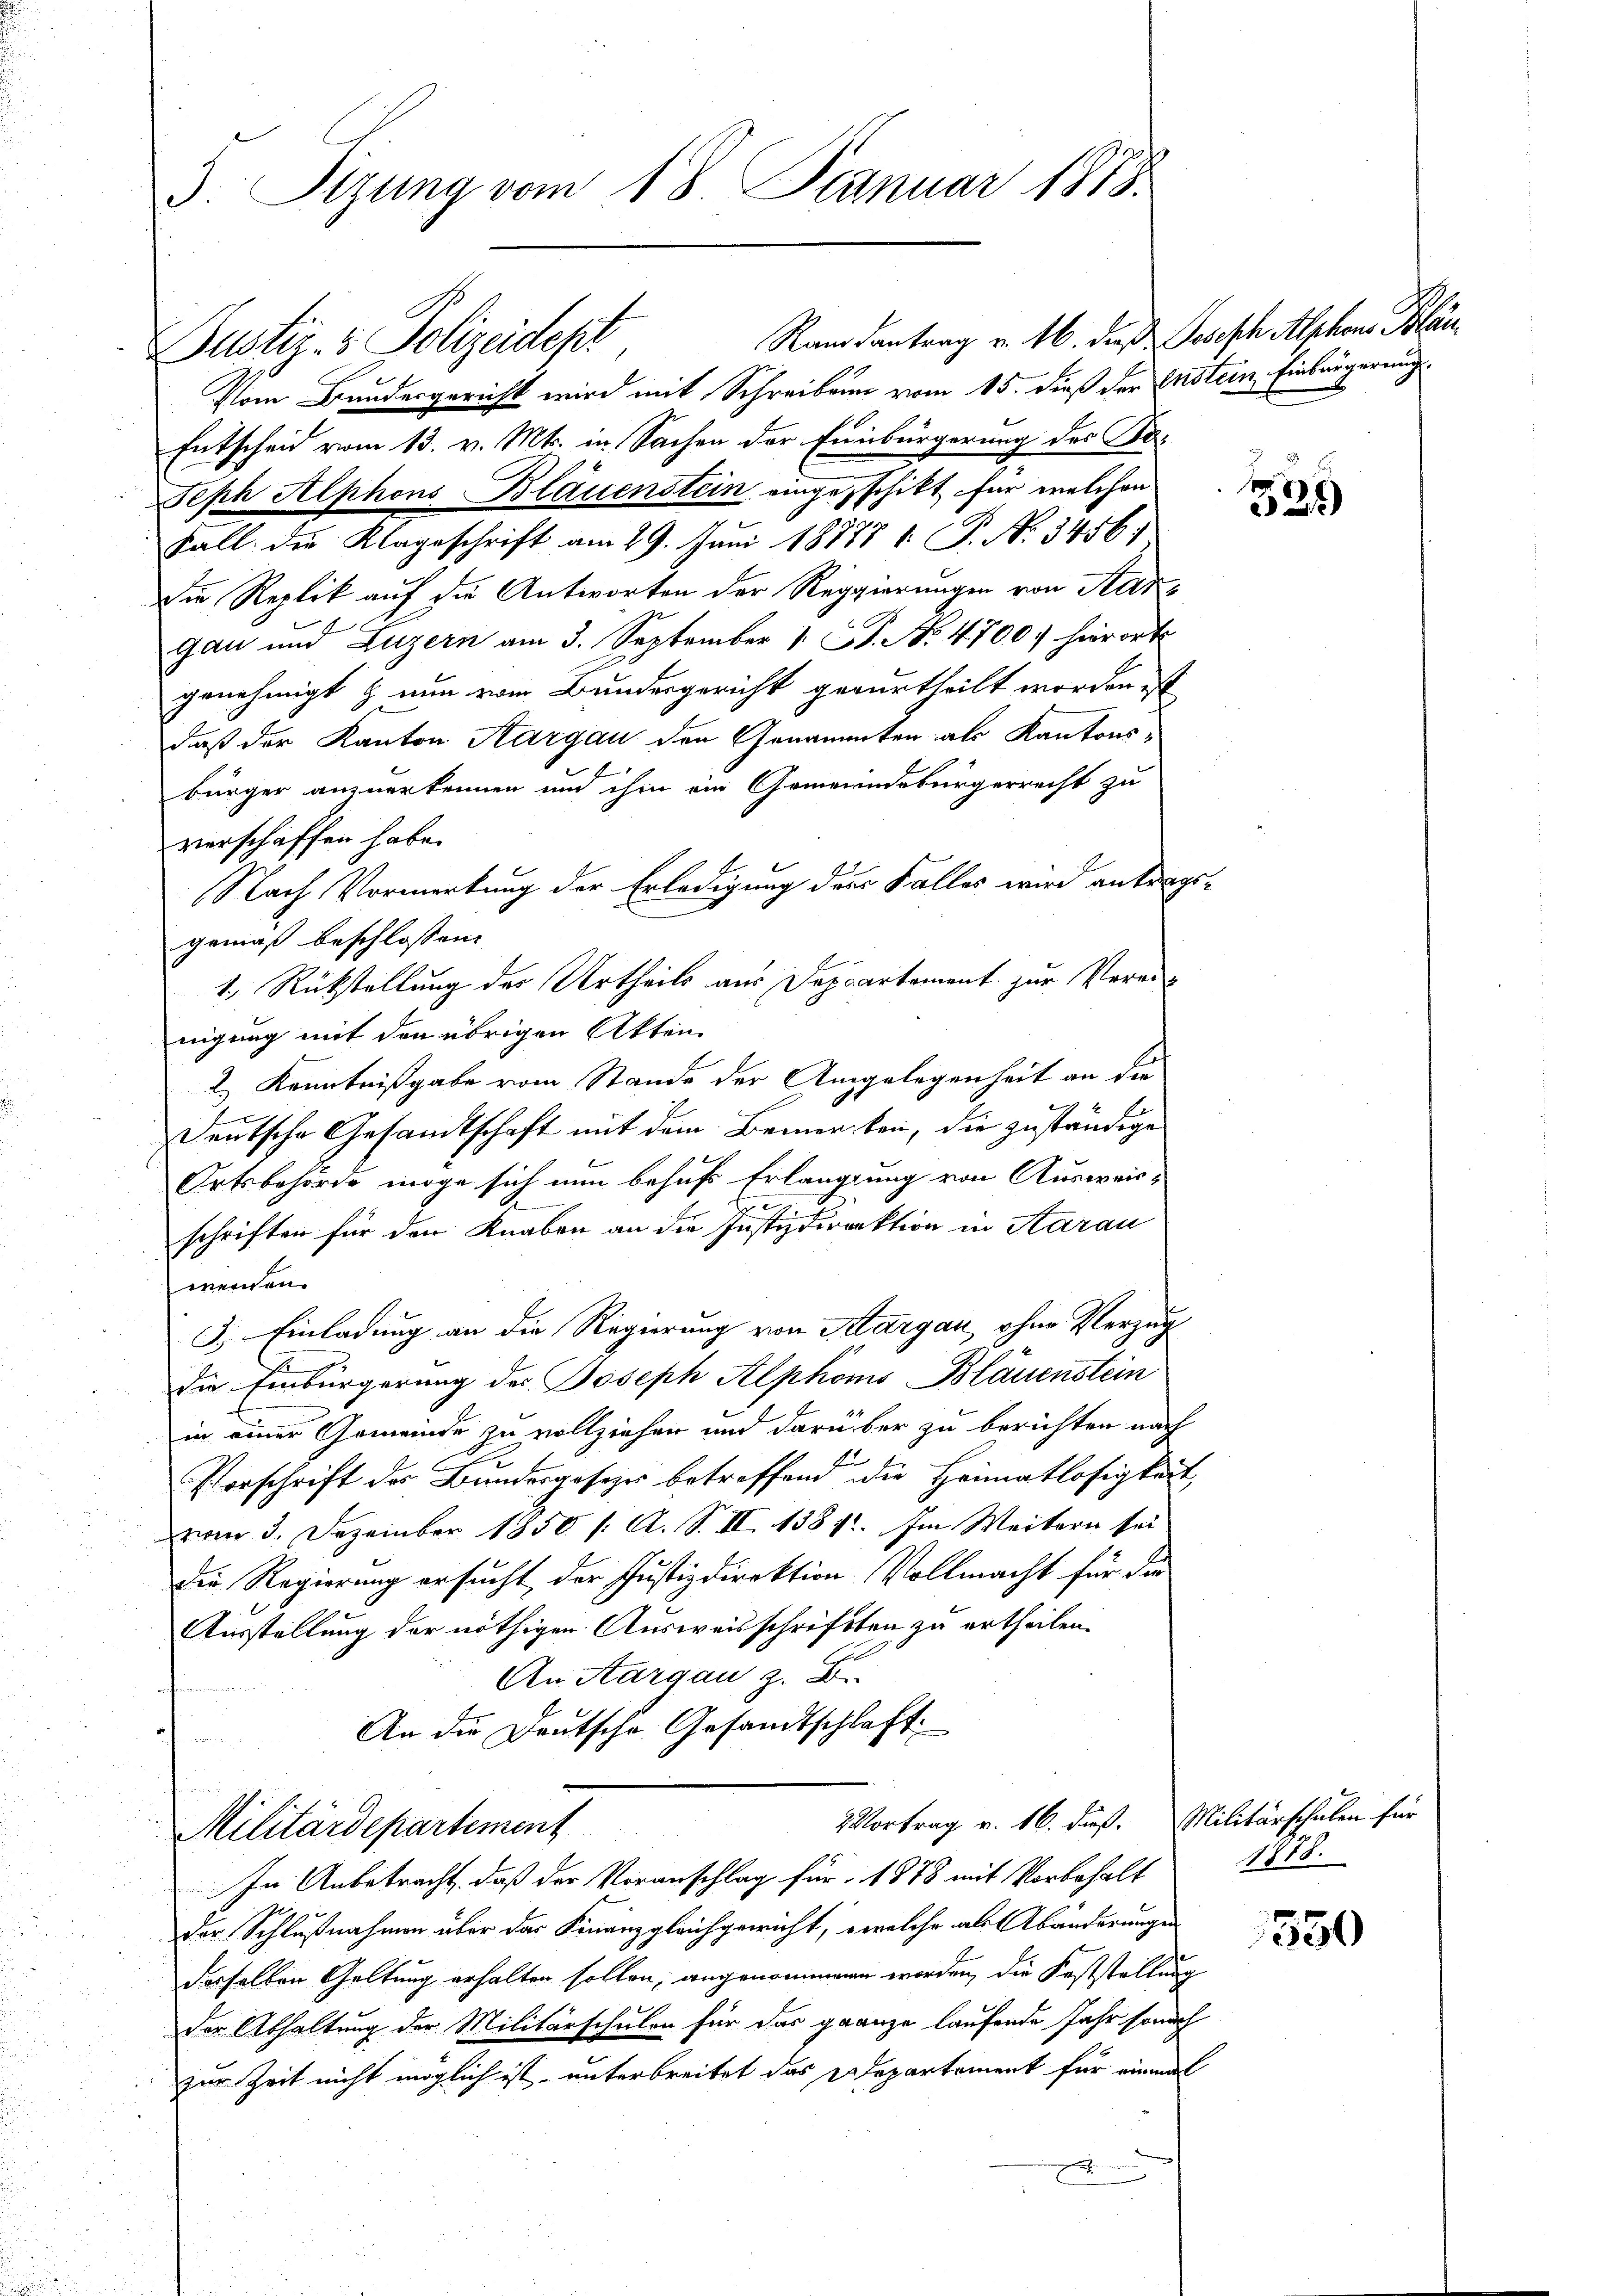
5 Sizung vom 18. Januar 1873.

Randantrag v. 16. daß Joseph Alphons Bläu¬
Zustiz- & Polizeidept
Vom Bundesgericht wird mit Schreiben vom 15. dieß der Erstein, Einbürgerungs¬
Entscheid vom 13. v. Mts. in Sachen der Einbürgerung des Be¬
Feph Alphons Blauenstein eingeschikt für welchen
Fall die Klageschrift am 29. Juni 18177 1. P. N. 3456.
die Replik auf die Antworten der Reggierungen von Aargau und Luzern am 3. September 1 St. No. 4700. hierort
genehmigt & nun vom Bundesgericht verurtheilt worden ist
daß der Kanton Aargau den Genannnten als Kantonsbürger anzuerkennen und ihm ein Gemeindebürgerrecht zu
Nach Vormerkung der Erledigung des Falles wird antragsgemäß beschlossen:
1.) Rückstellung des Urtheils aus Deppartement zur Verei-
nigung mit den übrigen Akten
2.) Kenntnißgabe vom Stande der Angelegenheit an die
E
deutsche Gesandtschaft mit dem Bemer bei, die zuständige
Ortsbehörde möge sich nun behufs Erlanglung von Ausweisd
schriften für den Knaben an die Justizdirektion in Aarau
wenden.
3. Einladung an die Regierung von Aargau, ohne Verzug
die Einbürgerung des Joseph Alphons Bläuenstein
in einer Gemeinde zu vollziehen und darüber zu berichten nach
Vorschrift des Bundesgesezes betreffend die Heimatlosigkeit,
vom 3. Dezember 1850 /: A. S. II 1387. Im Weitern sei
Die Regierung ersucht der Justizdirektion Vollmacht für da
Ausstellung der nöthigen Ausweisschriften zu ertheilen.
An Aargau z. B.
An die Deutsche Gesandtschlaft
2 Vortrag v. 16. dieß. Militärschulen für
Militärdepartement
In Anbetracht, daß der Voranschlag für 1878 mit Vorbehalt
der Schlußnahmen über das Finanzgleichgewicht, welche als Abänderungen
dasselben Geltung erhalten sollen, angenommenen worden, die Feststellung
der Abhaltung der Militärschulen für das ganze laufende Jahr sonach
zur Zeit nicht möglich ist, unterbreitet das Departement für einmal

verschaffen habe.

325

1778.

550